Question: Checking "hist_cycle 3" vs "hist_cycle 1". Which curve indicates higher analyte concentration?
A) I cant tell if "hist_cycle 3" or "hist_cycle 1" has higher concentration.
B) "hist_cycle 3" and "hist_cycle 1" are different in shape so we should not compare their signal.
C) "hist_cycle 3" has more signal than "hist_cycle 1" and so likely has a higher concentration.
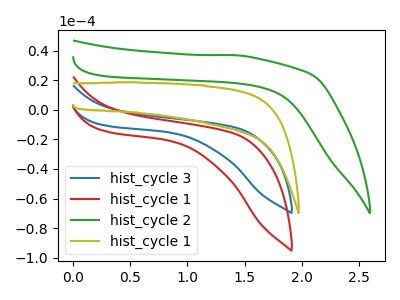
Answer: <think>The blue curve "hist_cycle 3" has no peaks. The red curve "hist_cycle 1" has no peaks. The green curve "hist_cycle 2" has no peaks. The olive curve "hist_cycle 1" has no peaks.
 Neither "hist_cycle 3" or "hist_cycle 1" have any peaks.</think>
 <answer>A) I cant tell if "hist_cycle 3" or "hist_cycle 1" has higher concentration.</answer>
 <eval>A</eval>